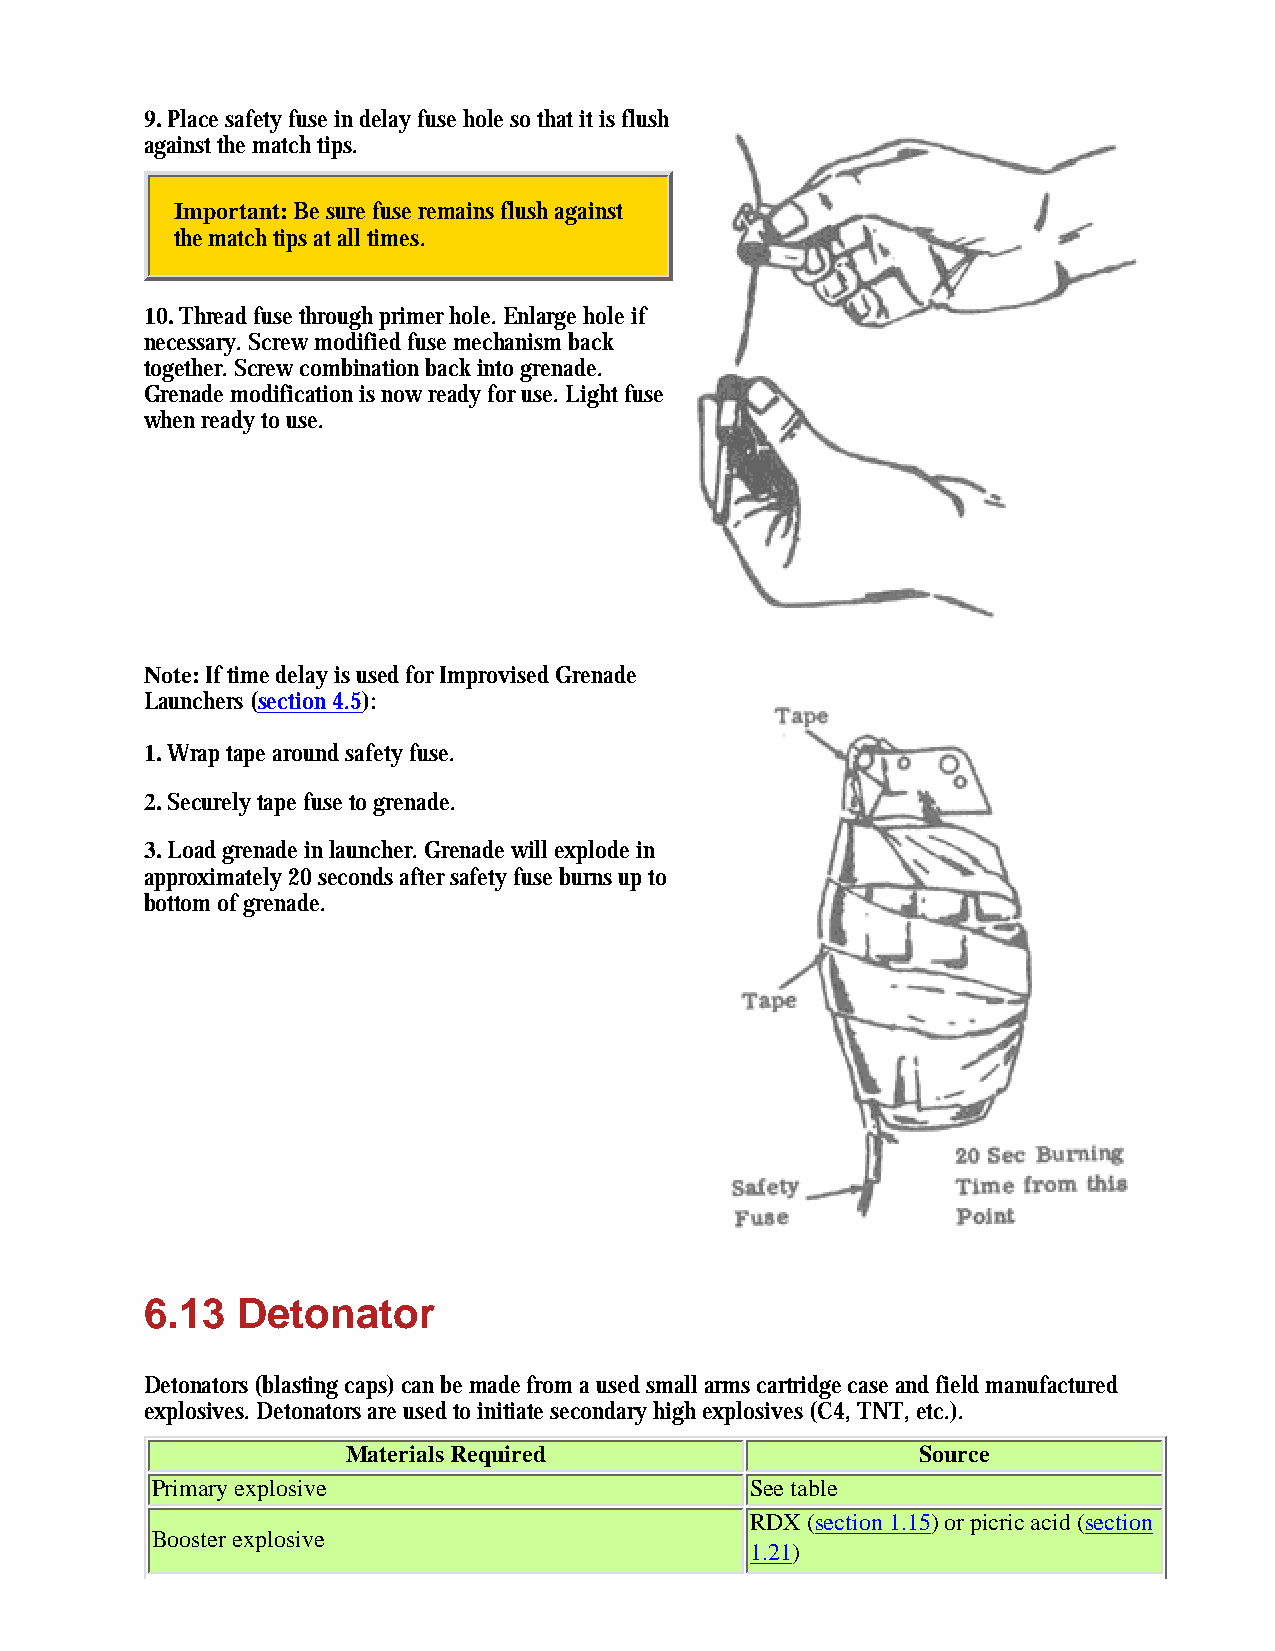
9. Place safety fuse in delay fuse hole so that it is flush
 against the match tips.
 Important: Be sure fuse remains flush against
 the match tips at all times.
 10. Thread fuse through primer hole. Enlarge hole if
 necessary. Screw modified fuse mechanism back
 together. Screw combination back into grenade.
 Grenade modification is now ready for use. Light fuse
 when ready to use.
 Note: If time delay is used for Improvised Grenade
 Launchers (section 4.5):
 1. Wrap tape around safety fuse.
 2. Securely tape fuse to grenade.
 3. Load grenade in launcher. Grenade will explode in
 approximately 20 seconds after safety fuse burns up to
 bottom of grenade.
 6.13  Detonator
 Detonators (blasting caps) can be made from a used small arms cartridge case and field manufactured
 explosives. Detonators are used to initiate secondary high explosives (C4, TNT, etc.).
 Materials Required                    Source
 Primary explosive                       See table
 RDX (section 1.15) or picric acid (section
 Booster explosive
 1.21)